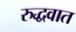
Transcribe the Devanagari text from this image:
रुद्धवात